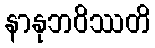
နာနုဘဝိဿတိ